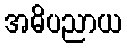
အဓိပညာယ